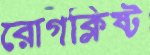
রোগক্লিষ্ট